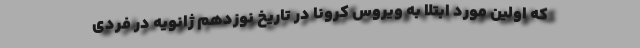
که اولین مورد ابتلا به ویروس کرونا در تاریخ نوزدهم ژانویه در فردی